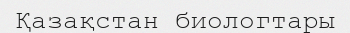
Қазақстан биологтары